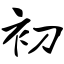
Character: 初